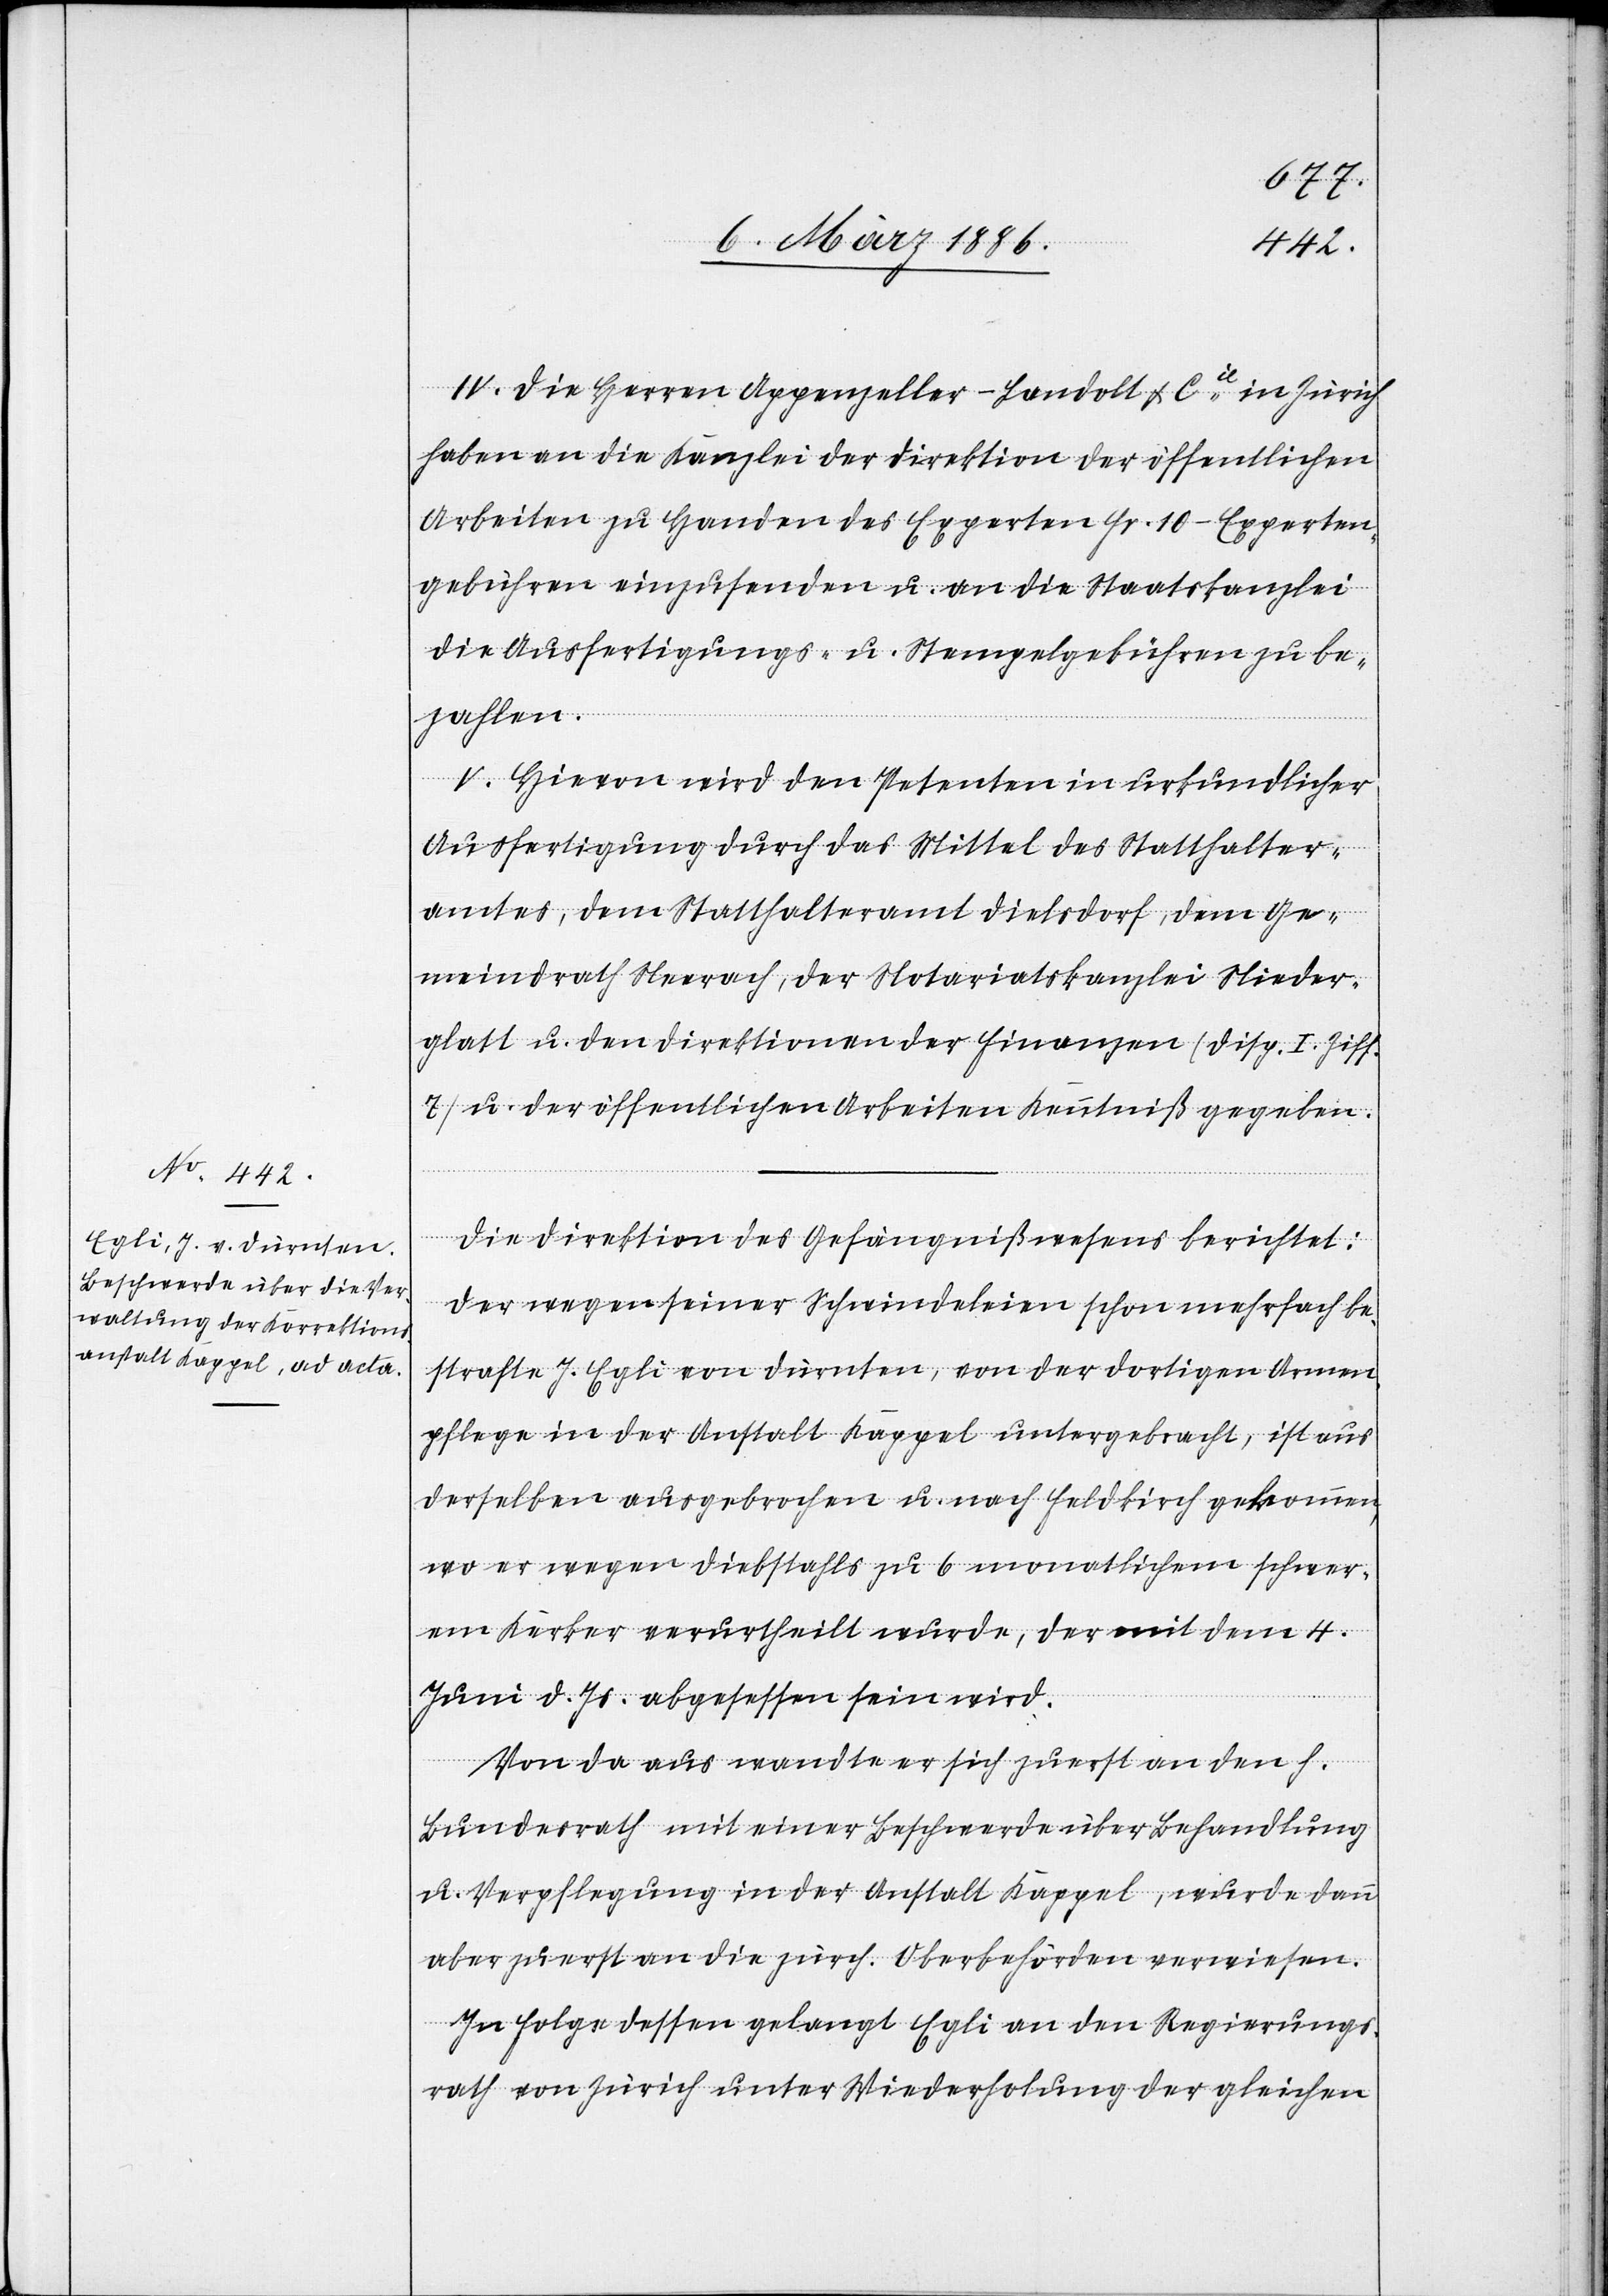
IV. Die Herren Appenzeller-Landolt & Cie. in Zürich
haben an die Kanzlei der Direktion der öffentlichen
Arbeiten zu Handen des Experten Fr. 10.– Experten¬
gebühren einzusenden u. an die Staatskanzlei
die Ausfertigungs- u. Stempelgebühren zu be¬
zahlen.
V. Hievon wird den Petenten in urkundlicher
Ausfertigung durch das Mittel des Statthalter¬
amtes, dem Statthalteramt Dielsdorf, dem Ge¬
meindrath Nerrach, der Notariatskanzlei Nieder¬
glatt u. den Direktionen der Finanzen (Disp. I Ziff.
7) u. der öffentlichen Arbeiten Kenntniß gegeben.
Die Direktion des Gefängnißwesens berichtet:
Der wegen seiner Schwindeleien schon mehrfach be¬
strafte J. Egli von Dürnten, von der dortigen Armen¬
pflege in der Anstalt Kappel untergebracht, ist aus
derselben ausgebrochen u. nach Feldkirch gekommen,
wo er wegen Diebstahls zu 6 monatlichen schwer¬
em Kerker verurtheilt wurde, der mit dem 4.
Juni d. Js. abgesessen sein wird.
Von da aus wandte er sich zuerst an den h.
Bundesrath mit einer Beschwerde über Behandlung
u. Verpflegung in der Anstalt Kappel, wurde dann
aber zuerst an die zürch. Oberbehörden verwiesen.
In Folge dessen gelangt Egli an den Regierungs¬
rath von Zürich unter Wiederholung der gleichen